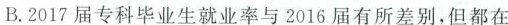
B.2017届专科毕业生就业率2016届有所差别，但都在